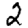
Digit: 2